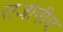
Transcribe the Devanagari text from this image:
राजांनीच